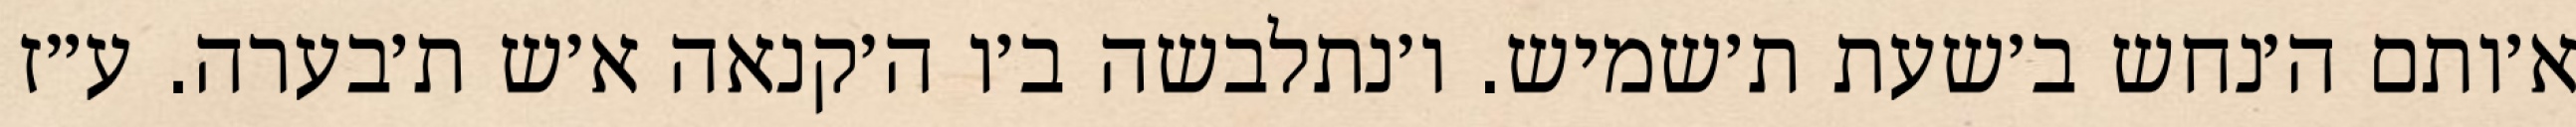
א׳ותם ה׳נחש ב׳שעת ת׳שמיש. ו׳נתלבשה ב׳ו ה׳קנאה א׳ש ת׳בערה. ע״ז